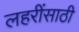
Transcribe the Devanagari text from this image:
लहरींसाठी